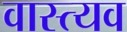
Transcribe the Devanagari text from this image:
वास्त्यव